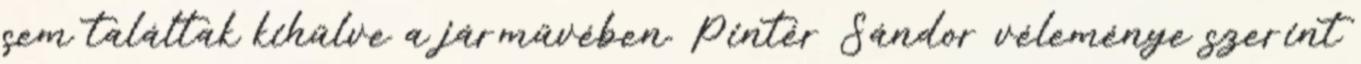
sem találtak kihűlve a járművében. Pintér Sándor véleménye szerint